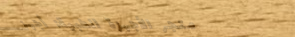
متجر الأجهزة الطبية: أجهز